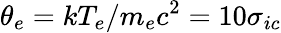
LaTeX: \theta_{e}=kT_{e}/m_{e}c^{2}=10\sigma_{ic}